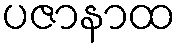
ပဇာနာထ